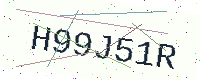
Text: H99J51R